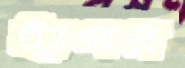
হাঁপর